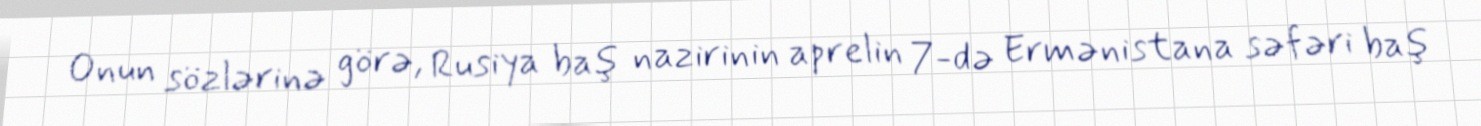
Onun sözlərinə görə, Rusiya baş nazirinin aprelin 7-də Ermənistana səfəri baş